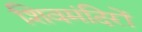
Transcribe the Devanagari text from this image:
शिवमंदिरों